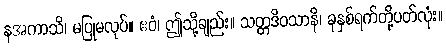
နအကာသိ၊ မပြုမလုပ်။ ဧဝံ၊ ဤသို့ချည်း။ သတ္တဒိဝသာနိ၊ ခုနှစ်ရက်တို့ပတ်လုံး။